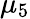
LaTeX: \mu_{5}